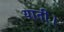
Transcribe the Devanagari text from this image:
याती।